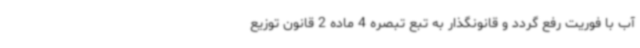
آب با فوریت رفع گردد و قانونگذار به تبع تبصره 4 ماده 2 قانون توزیع